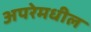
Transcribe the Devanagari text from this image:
अपरेमधील